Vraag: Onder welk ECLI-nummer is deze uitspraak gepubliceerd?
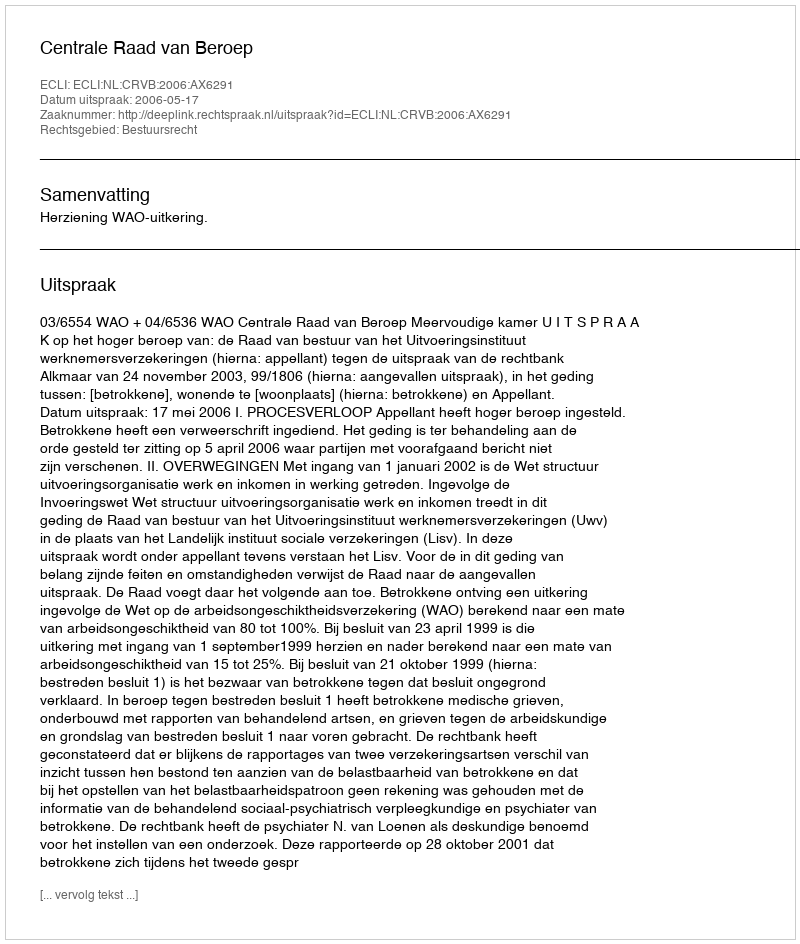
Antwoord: ECLI:NL:CRVB:2006:AX6291